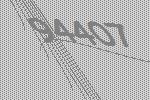
94407